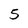
Character: 5